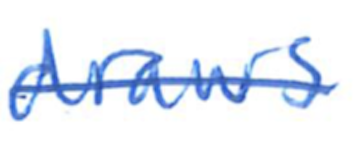
Text: draws
Cross-out: single-line
Writing tool: ballpoint